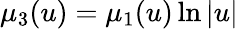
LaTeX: \mu_{3}(u)=\mu_{1}(u)\ln|u|